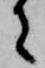
者